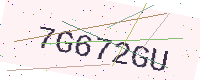
Text: 7G672GU